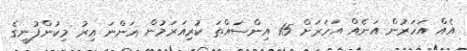
އެއް އަހަރުން އަނެއް އަހަރަށް 15 އިންސައްތަ ކުރިއަރަމުން އަންނަ އިރު މިކުންފުނީގެ